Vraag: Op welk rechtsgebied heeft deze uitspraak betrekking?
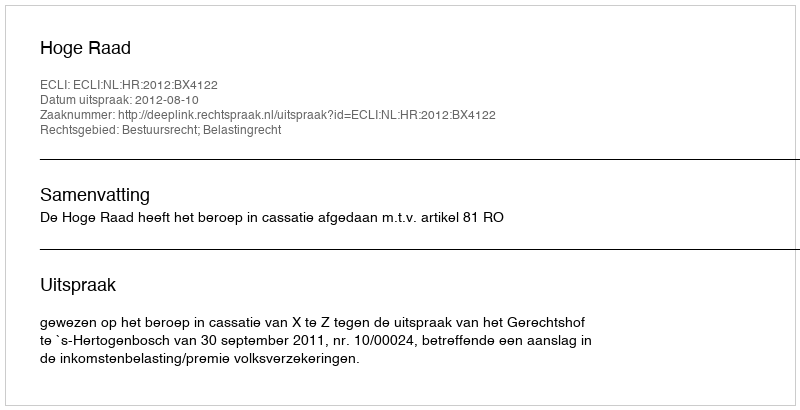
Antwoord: Bestuursrecht; Belastingrecht